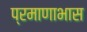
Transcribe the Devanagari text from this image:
प्रमाणाभास